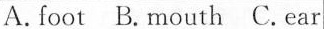
A. foot B. mouth C. ear